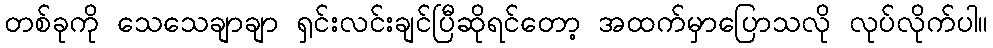
တစ်ခုကို သေသေချာချာ ရှင်းလင်းချင်ပြီဆိုရင်တော့ အထက်မှာပြောသလို လုပ်လိုက်ပါ။